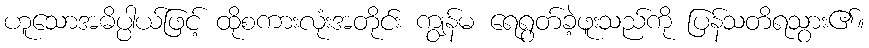
ဟူသောအဓိပ္ပါယ်ဖြင့် ထိုစကားလုံးအတိုင်း ကျွန်မ ရေရွတ်ခဲ့ဖူးသည်ကို ပြန်သတိရသွား၏။